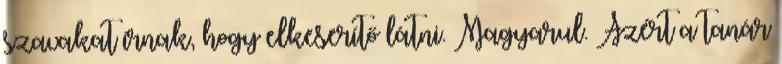
szavakat írnak, hogy elkeserítő látni. Magyarul. Azért a tanár